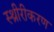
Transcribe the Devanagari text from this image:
स्थ्रीरीकरण